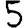
Digit: 5